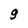
Character: g